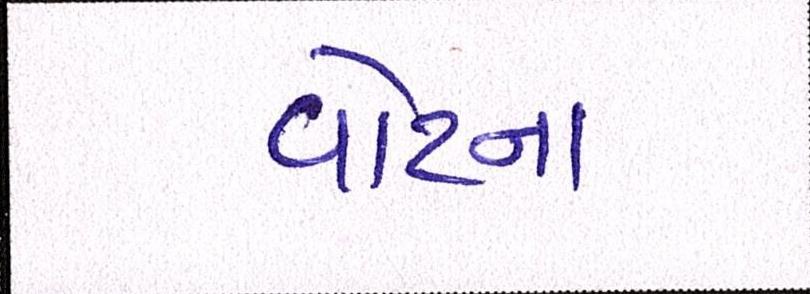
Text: વોટના